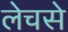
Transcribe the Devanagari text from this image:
लेचसे